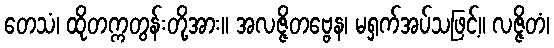
တေသံ၊ ထိုတက္ကတွန်းတို့အား။ အလဇ္ဇိတဗ္ဗေန၊ မရှက်အပ်သဖြင့်။ လဇ္ဇိတံ၊